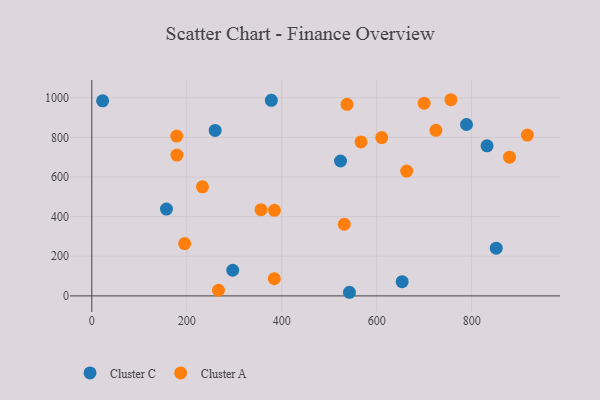
{"axis": {"x": "Experience", "y": "Demand"}, "legend": ["Cluster A", "Cluster C"], "data": [{"x": "653.7", "y": 71.7, "type": "Cluster C"}, {"x": "157.2", "y": 438.2, "type": "Cluster C"}, {"x": "523.8", "y": 680.9, "type": "Cluster C"}, {"x": "259.8", "y": 835.1, "type": "Cluster C"}, {"x": "296.8", "y": 129.4, "type": "Cluster C"}, {"x": "851.8", "y": 240.9, "type": "Cluster C"}, {"x": "542.6", "y": 18.3, "type": "Cluster C"}, {"x": "832.5", "y": 757.4, "type": "Cluster C"}, {"x": "378.1", "y": 986.9, "type": "Cluster C"}, {"x": "789.2", "y": 865.0, "type": "Cluster C"}, {"x": "22.8", "y": 984.6, "type": "Cluster C"}, {"x": "195.6", "y": 264.2, "type": "Cluster A"}, {"x": "537.5", "y": 967.1, "type": "Cluster A"}, {"x": "356.4", "y": 435.3, "type": "Cluster A"}, {"x": "879.8", "y": 700.0, "type": "Cluster A"}, {"x": "567.0", "y": 777.2, "type": "Cluster A"}, {"x": "917.4", "y": 811.9, "type": "Cluster A"}, {"x": "266.8", "y": 28.6, "type": "Cluster A"}, {"x": "724.8", "y": 835.8, "type": "Cluster A"}, {"x": "663.2", "y": 629.9, "type": "Cluster A"}, {"x": "179.3", "y": 710.9, "type": "Cluster A"}, {"x": "531.8", "y": 361.7, "type": "Cluster A"}, {"x": "756.4", "y": 990.1, "type": "Cluster A"}, {"x": "699.9", "y": 972.9, "type": "Cluster A"}, {"x": "384.4", "y": 86.7, "type": "Cluster A"}, {"x": "178.9", "y": 806.5, "type": "Cluster A"}, {"x": "233.1", "y": 550.7, "type": "Cluster A"}, {"x": "384.6", "y": 431.7, "type": "Cluster A"}, {"x": "610.7", "y": 799.1, "type": "Cluster A"}]}